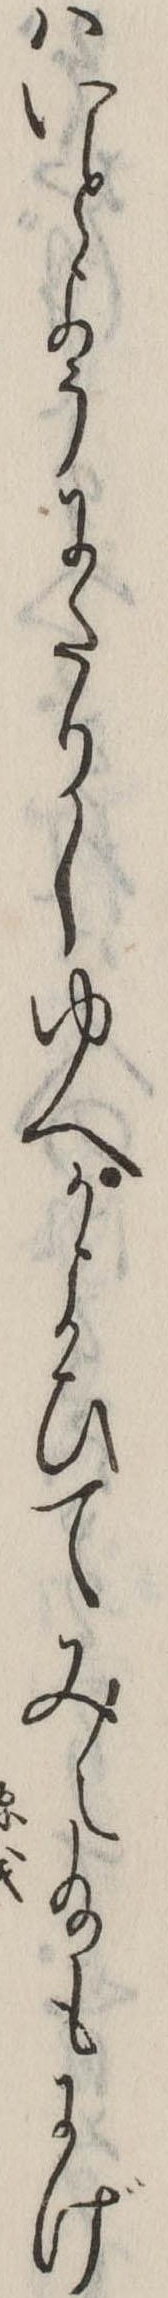
はいとようにたりしゆへかよひてみえ給もにげ